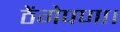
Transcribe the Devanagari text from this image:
ठेंगेपणा।